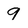
Character: 9